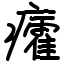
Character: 癨